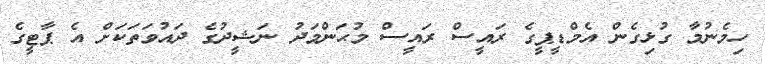
ހިމެނުމާ ގުޅިގެން އެމްޑީޕީގެ ރައީސް ރައީސް މުޙަންމަދު ނަޝީދުގެ ދައުވަތަކަށް އެ ޕާޓީގެ